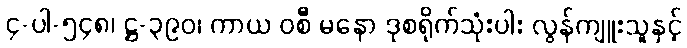
၄-ပါ-၅၄၈၊ ဋ္ဌ-၃၉၀၊ ကာယ ဝစီ မနော ဒုစရိုက်သုံးပါး လွန်ကျူးသူနှင့်